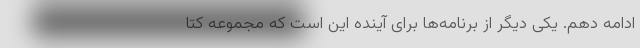
ادامه دهم. یکی دیگر از برنامه‌ها برای آینده این است که مجموعه کتا